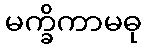
မက္ခိကာမဓု